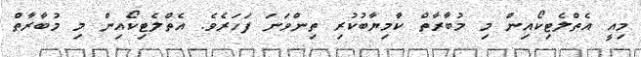
މިއީ އެތްލެޓިކޯއިން މި މުބާރާތް ކާމިޔާބުކުރި ތިންވަނަ ފަހަރެވެ. އެތްލެޓިކޯއިން މި މުބާރާތް